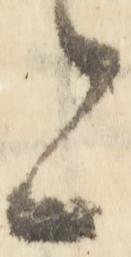
上